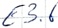
Text: E3.6